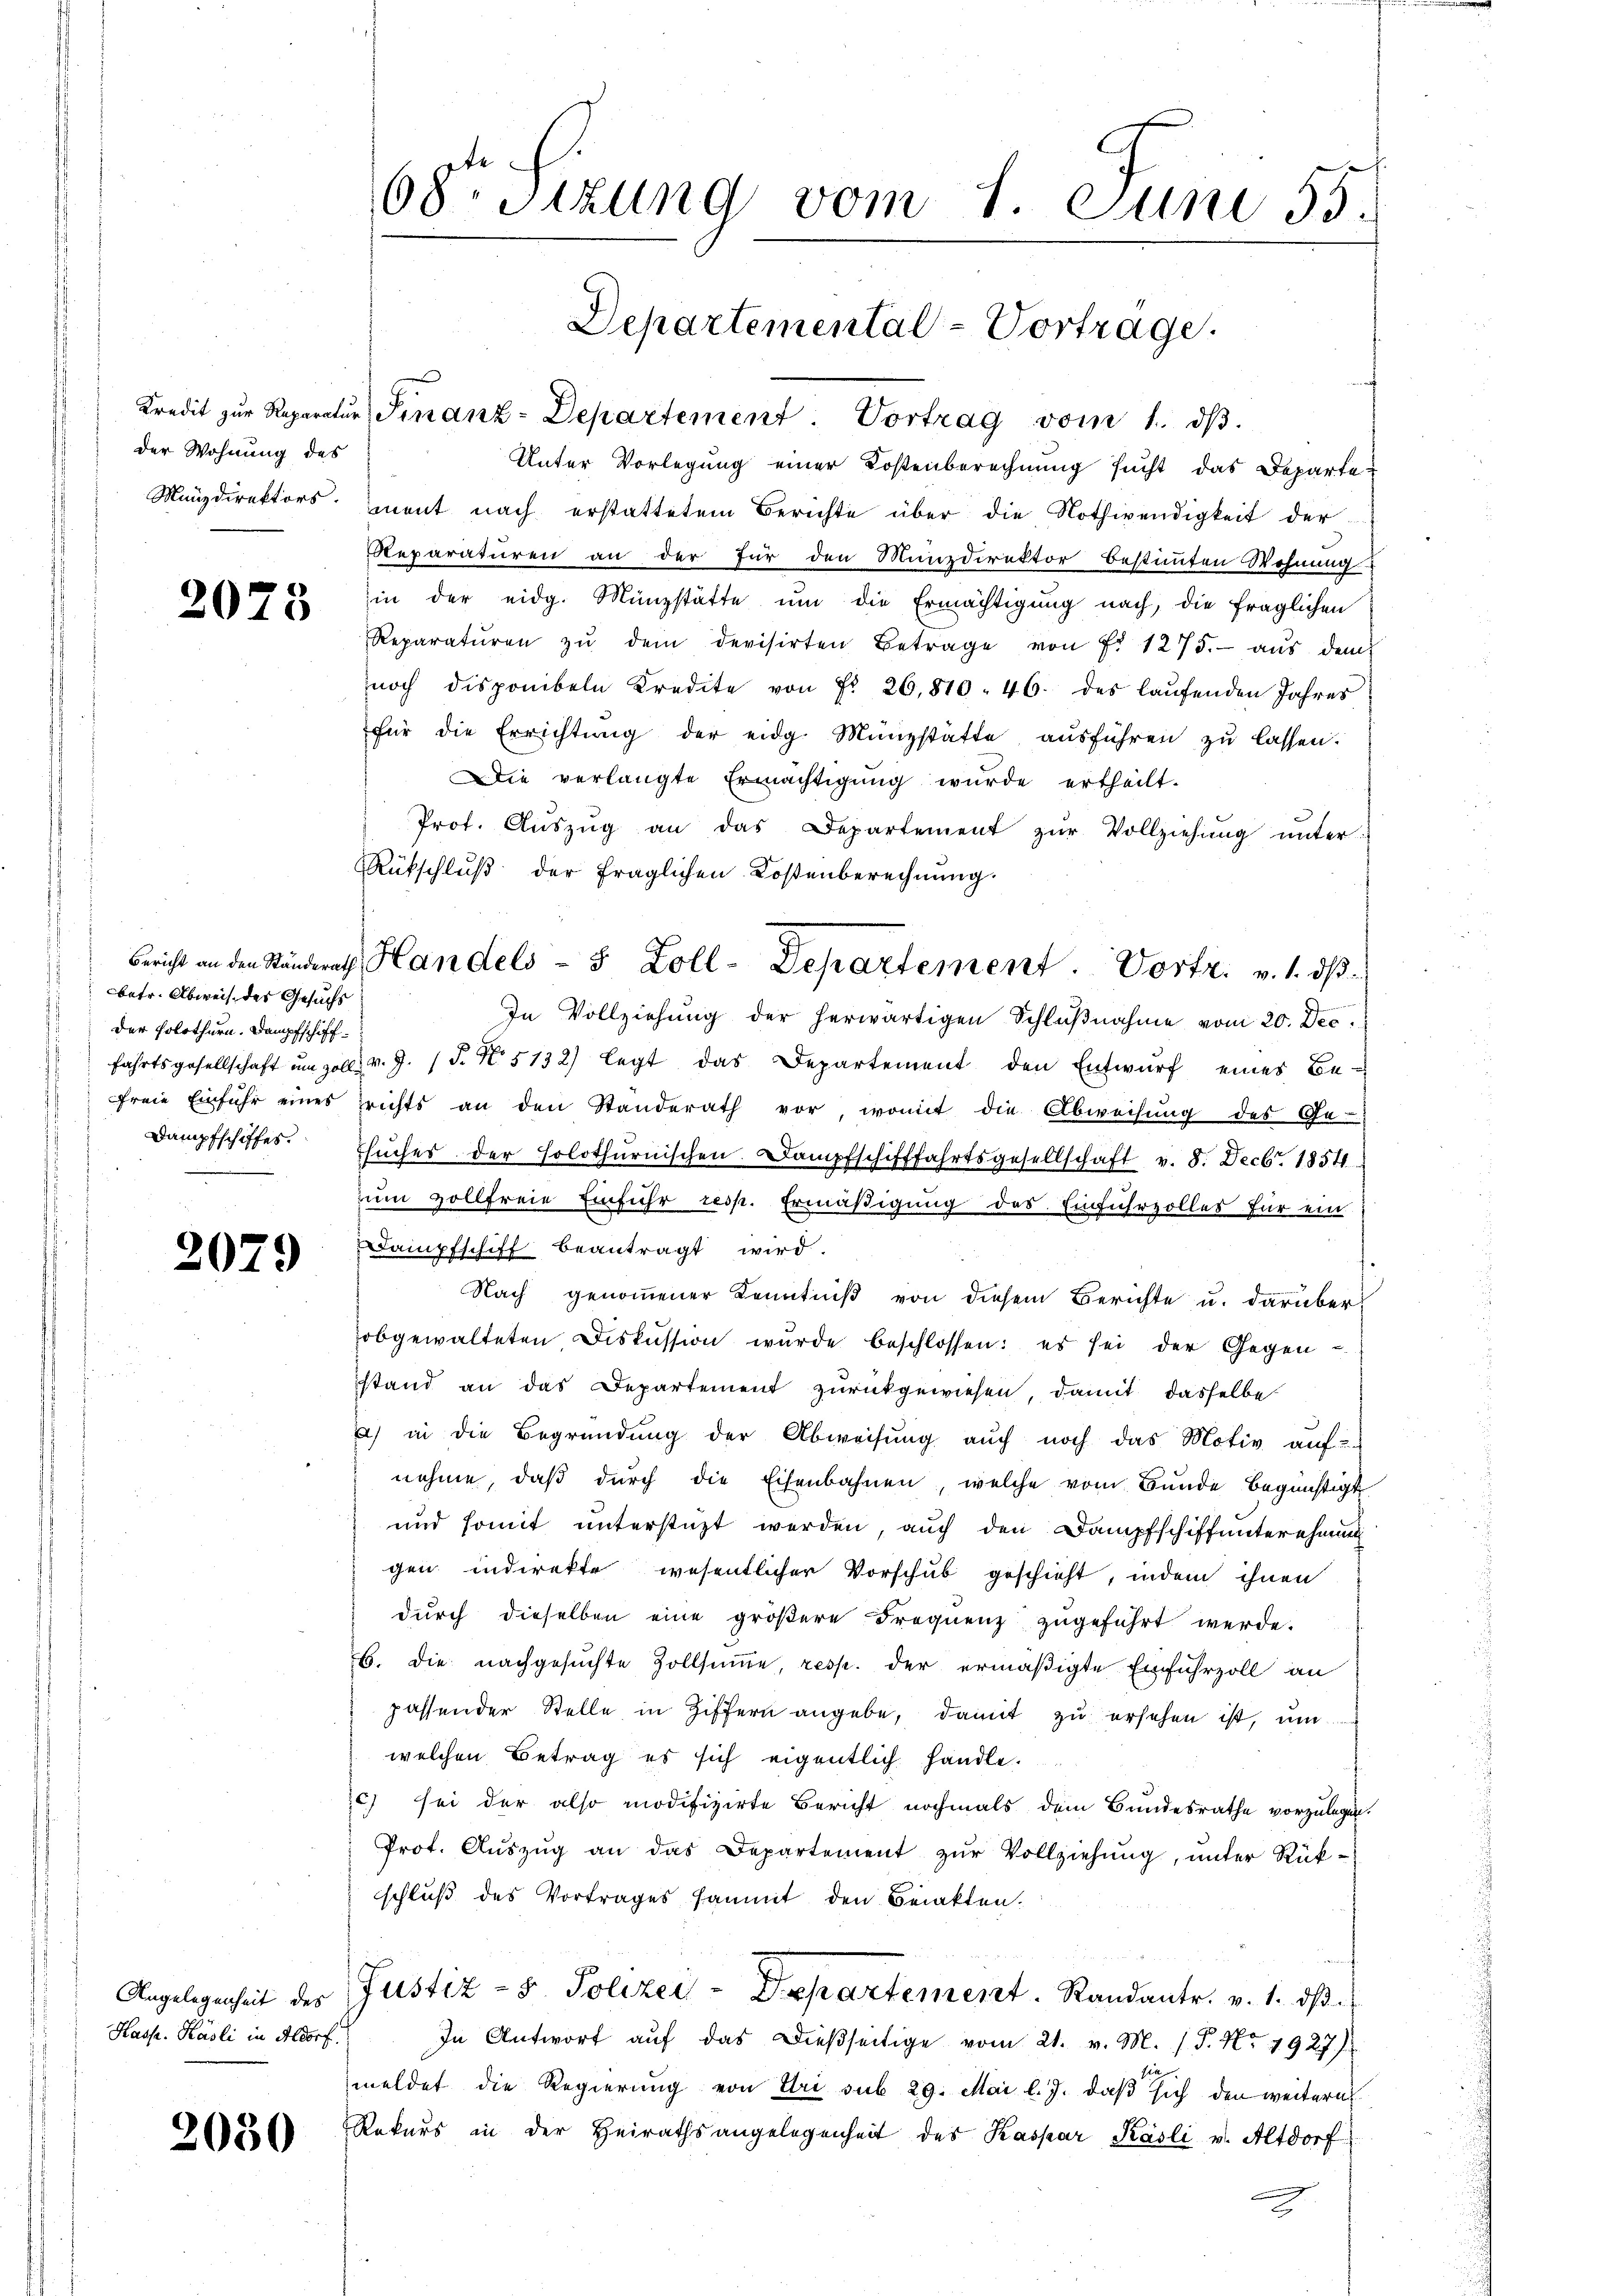
der Wohnung des

2078

betr. Abweis des Gesuchs
der Solothurn. Dampfschiff¬

2079

Unter Vorlegung einer Kostenberechnung sucht das Departe¬
Manzdirektors ment nach erstattetem Berichte über die Nothwendigkeit der
Reparaturen an der für den Munzdirektor bestimmten Wohnung
in der eidg. Münzstätte um die Ermächtigung nach, die fraglichen
Reparatŭren zŭ dem devisirten Betrage von fr. 1275. aŭs dem
noch disponibeln Kredite von Fr. 26,810. 46. des laŭfenden Jahres
für die Errichtŭng der eidg. Münzstatte aŭsführen zŭ lassen.
Die verlangte Ermächtigung wurde ertheilt.
Prot. Aŭszŭg an das Departement zŭr Vollziehŭng ŭnter
Rückschluß der fraglichen Kostenberechnung.
In Vollziehung der herwärtigen Schlŭβnahme vom 20. Dec.
fahrtsgesellschaft um soll. v. J. (T. N. 5132) legt das Departement den Entwurf eines Be-
freie Einführ eines richts an den Standerath vor, womit die Abweisŭng des Ge-
Dampfschiffes. Esŭches der holothurnischen. Dampfschifffahrtsgesellschaft v. 8. Decbr. 1854
zŭm zollfreie Einführ resp. Ermäβigŭng des Einfuhrzoller für ein
Dampfschiff beantragt wird.
Nach genommener Kenntniß von diesem Berichte u. darüber
obgewalteten Diskussion wurde beschlossen: es sei der Gegen-
stand an das Departement zurückgewiesen, damit dasselbe
) in die Begründung der Abweisung auch noch das Motiv auf
nehme, daβ dŭrch die Eisenbahnen, welche vom Bunde begünstigt
und somit unterstüzt werden, auch den Dampfschiffunterehrung
gen indirekte wesentlicher Vorschub geschieht, indem ihnen
durch dieselben eine größere Frequenz zugeführt werde.
B. Die nachgesuchte Zollsumme, resp. der ermäßigte Einfuhrzoll an
passender Stelle in Ziffern angebe, damit zu ersehen ist, um
welchen Betrag es sich eigentlich handle.
 sei der also modifizirte Bericht nochmals dem Bundesrathe vorzulegen.
Prot. Aŭszŭg an das Departement zŭr Vollziehung, unter Rükschluß des Vortrages sammt den Berakten.
Angelegenheit des Justiz- & Polizei-Departement. Randantr. v. 1. dβ
In Antwort aŭf das dießseitige vom 21. v. M. s. S. Nr. 1927)
meldet die Regierung von Uri sub 29. Mai l. J. daß sich den weitern
Rekurs in der Heirathsangelegenheit des Kaspar Käsli v. Altdorf

Hasse. Käsli in Aldorf.

2080

68 Sizung vom 1. Juni 55.

Departemental-Vortrage.
Kredit zur Reparatur Finanz-Departement. Vortrag vom 1.

Bericht an den Ständerath Handels - 5 Zoll-Departement. Vortr. v. 1. dβ.